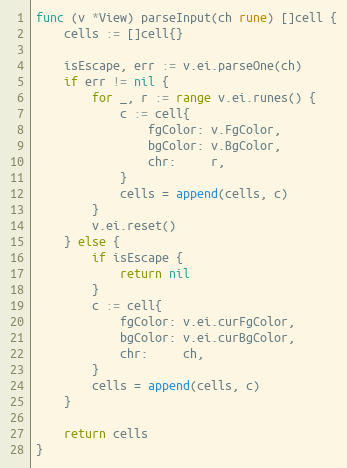
Language: Go
func (v *View) parseInput(ch rune) []cell {
	cells := []cell{}

	isEscape, err := v.ei.parseOne(ch)
	if err != nil {
		for _, r := range v.ei.runes() {
			c := cell{
				fgColor: v.FgColor,
				bgColor: v.BgColor,
				chr:     r,
			}
			cells = append(cells, c)
		}
		v.ei.reset()
	} else {
		if isEscape {
			return nil
		}
		c := cell{
			fgColor: v.ei.curFgColor,
			bgColor: v.ei.curBgColor,
			chr:     ch,
		}
		cells = append(cells, c)
	}

	return cells
}